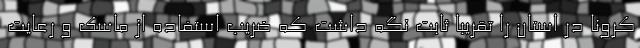
کرونا در استان را تقریبا ثابت نگه داشت که ضریب استفاده از ماسک و رعایت